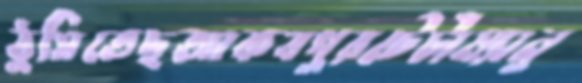
ঠুসিতেছআকবপুরটেটাম্যানু